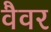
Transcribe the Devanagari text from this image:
वैवर